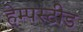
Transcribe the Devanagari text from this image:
हेम्पस्टीड